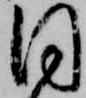
同